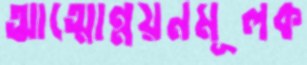
আত্মোন্নয়নমূলক